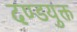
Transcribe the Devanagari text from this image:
दण्डयुक्त